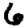
Digit: 6